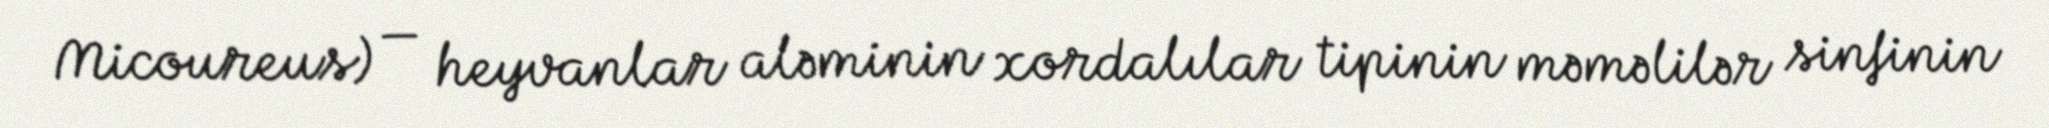
Micoureus) — heyvanlar aləminin xordalılar tipinin məməlilər sinfinin